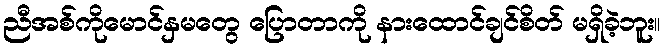
ညီအစ်ကိုမောင်နှမတွေ ပြောတာကို နားထောင်ချင်စိတ် မရှိခဲ့ဘူး။